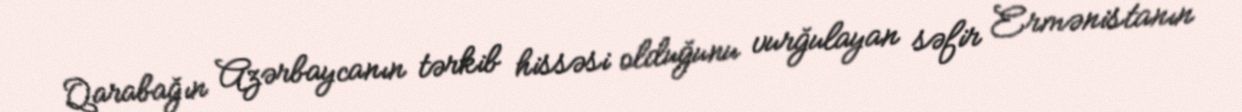
Qarabağın Azərbaycanın tərkib hissəsi olduğunu vurğulayan səfir Ermənistanın